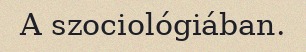
A szociológiában.